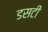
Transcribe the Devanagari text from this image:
डसटी